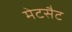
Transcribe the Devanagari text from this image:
मेटसैट